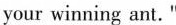
your winning ant."